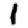
Digit: 1